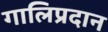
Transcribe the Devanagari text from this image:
गालिप्रदान